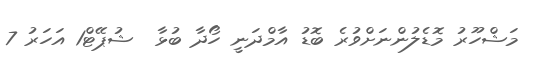
މަޝްހޫރު މޮޑެލުންނަށްވުރެ ބޮޑު އާމްދަނީ ހޯދާ ބުޅާ  ޝުޕޭޓް1 އަހަރު 7